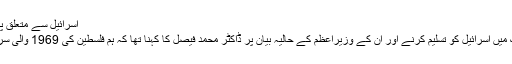
اسرائیل سے متعلق پاکستان کا موقف واضح ہے
علاوہ ازیں ہفتہ وار بریفنگ میں اسرائیل کو تسلیم کرنے اور ان کے وزیراعظم کے حالیہ بیان پر ڈاکٹر محمد فیصل کا کہنا تھا کہ ہم فلسطین کی 1969 والی سرحد کو ہی تسلیم کرتے ہیں۔